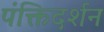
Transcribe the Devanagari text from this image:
पंक्तिदर्शन